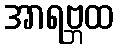
အာရဗ္ဘထ